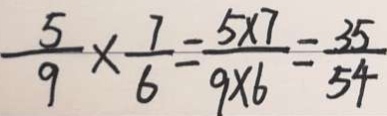
\frac { 5 } { 9 } \times \frac { 7 } { 6 } = \frac { 5 \times 7 } { 9 \times 6 } = \frac { 3 5 } { 5 4 }